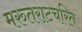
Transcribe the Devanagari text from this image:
मरुतराटचरित